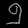
Digit: ၅